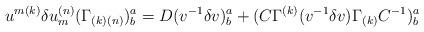
LaTeX: \begin{align*}u^{{ m(k)}}\delta u^{{ (n)}}_{{ m}}(\Gamma _{{(k)(n)}})^{{ a}}_{{ b}} =D (v^{-{ 1}}\delta v)^{{ a}}_{{ b}}+(C\Gamma ^{{ (k)}}(v^{-{ 1}}\delta v)\Gamma _{{ (k)}}C^{-{ 1}})^{{ a}}_{{ b}} \qquad\end{align*}